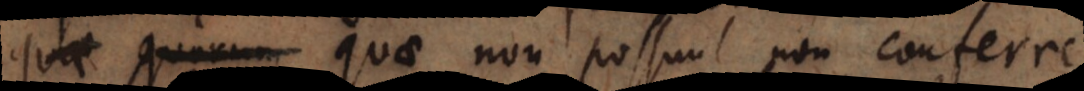
sunt, quae non possunt non conferre